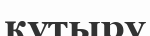
құтыру